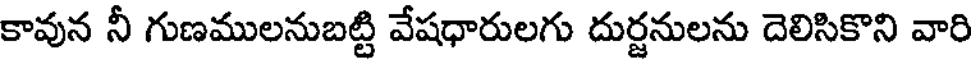
కావున నీ గుణములనుబట్టి వేషధారులగు దుర్జనులను దెలిసికొని వారి